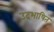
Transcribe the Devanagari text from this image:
उदभाषित